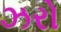
ઝરો